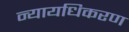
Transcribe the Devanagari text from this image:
न्‍यायधिकरण